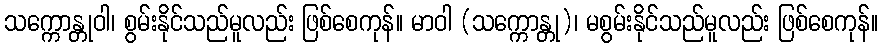
သက္ကောန္တုဝါ၊ စွမ်းနိုင်သည်မူလည်း ဖြစ်စေကုန်။ မာဝါ (သက္ကောန္တု)၊ မစွမ်းနိုင်သည်မူလည်း ဖြစ်စေကုန်။